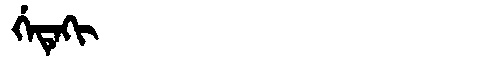
Manchu: ᡤᡝᡨᡝᡴᡳ
Romanization: GETEKI